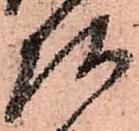
頭